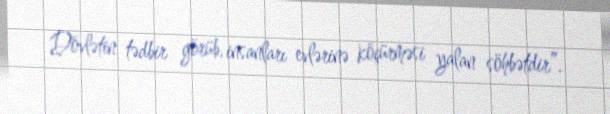
Dövlətin tədbir görüb, insanları evlərinə köçürməsi yalan söhbətdir”.